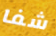
شفا